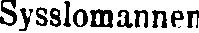
Sysslomannen